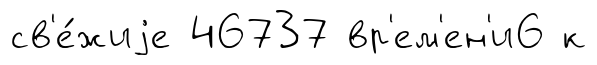
св'е́жиjе 46737 вр'ем'ен'и6 к